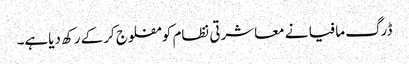
ڈرگ مافیا نے معاشرتی نظام کو مفلوج کرکے رکھ دیاہے۔